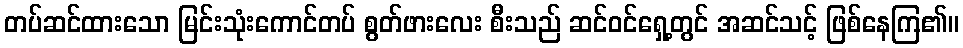
တပ်ဆင်ထားသော မြင်းသုံးကောင်တပ် စွတ်ဖားလေး စီးသည် ဆင်ဝင်ရှေ့တွင် အဆင်သင့် ဖြစ်နေကြ၏။